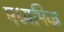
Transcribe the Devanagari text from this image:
मध्यमिक